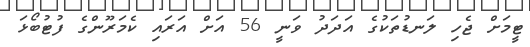
ޓީމަށް ޖެހި ލަނޑުތަކުގެ އަދަދު ވަނީ 56 އަށް އަރައި ކެމަރޫންގެ ފުޓުބޯޅަ